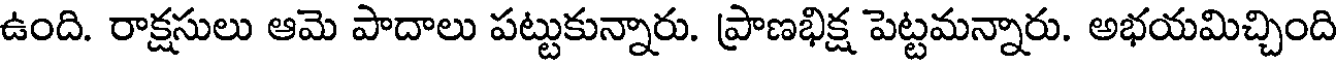
ఉంది. రాక్షసులు ఆమె పాదాలు పట్టుకున్నారు. ప్రాణభిక్ష పెట్టమన్నారు. అభయమిచ్చింది